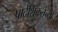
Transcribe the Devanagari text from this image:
प्रादेशिकतेच्या